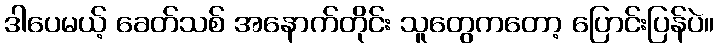
ဒါပေမယ့် ခေတ်သစ် အနောက်တိုင်း သူတွေကတော့ ပြောင်းပြန်ပဲ။